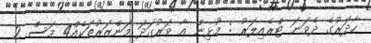
ހާދަރުގެ ދެވަނަ ޓްރެއިލަރު : މުޅިން އާ ވަރުގަދަ މަންޒަރުތަކެއް4 މަސް 2